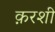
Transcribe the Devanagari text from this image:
क़रशी